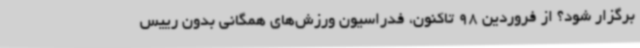
برگزار شود؟ از فروردین 98 تاکنون، فدراسیون ورزش‌های همگانی بدون رییس